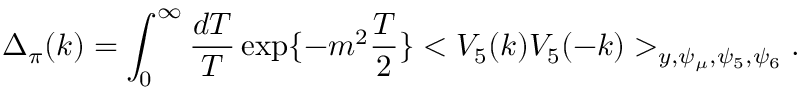
\Delta _ { \pi } ( k ) = \int _ { 0 } ^ { \infty } \frac { d T } { T } \exp \{ - m ^ { 2 } \frac { T } { 2 } \} < V _ { 5 } ( k ) V _ { 5 } ( - k ) > _ { y , \psi _ { \mu } , \psi _ { 5 } , \psi _ { 6 } } .